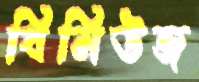
বিমিউজ